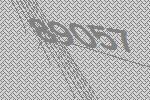
89057